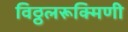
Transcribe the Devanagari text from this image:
विठ्ठलरूक्मिणी